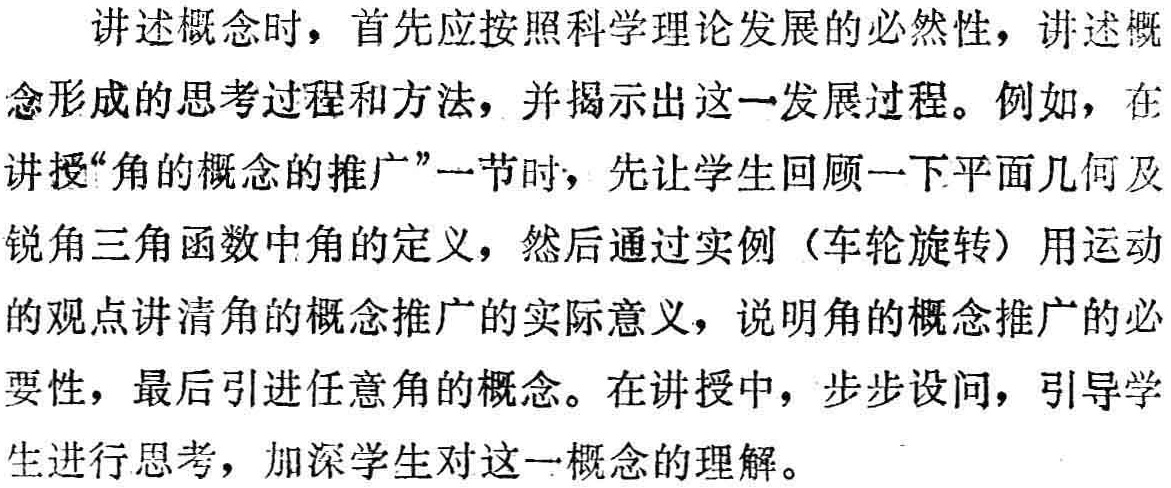
讲述概念时，首先应按照科学理论发展的必然性，讲述概念形成的思考过程和方法，并揭示出这一发展过程。例如，在讲授“角的概念的推广”一节时，先让学生回顾一下平面几何及锐角三角函数中角的定义，然后通过实例（车轮旋转）用运动的观点讲清角的概念推广的实际意义，说明角的概念推广的必要性，最后引进任意角的概念。在讲授中，步步设问，引导学生进行思考，加深学生对这一概念的理解。